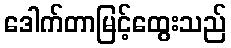
ဒေါက်တာမြင့်ထွေးသည်